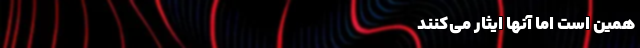
همین است اما آنها ایثار می‌‌‌‌‌‌‌‌‌‌‌‌‌‌‌‌‌‌‌‌‌‌‌‌‌‌‌‌‌‌‌‌‌‌‌کنند